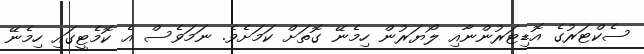
ސެކްޓަރުގެ އޮޑިޓަރުންނާއި ލޯޔަރުން ހިމެނޭ ގޮތަށް ކަމަށެވެ. ނަމަވެސް އެ ކޮމެޓީގައި ހިމެނޭ